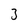
Character: 3